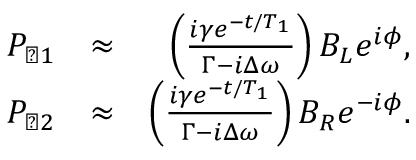
\begin{array} { r l r } { P _ { \perp 1 } } & { \approx } & { \left( \frac { i \gamma e ^ { - t / T _ { 1 } } } { \Gamma - i \Delta \omega } \right) B _ { L } e ^ { i \phi } , } \\ { P _ { \perp 2 } } & { \approx } & { \left( \frac { i \gamma e ^ { - t / T _ { 1 } } } { \Gamma - i \Delta \omega } \right) B _ { R } e ^ { - i \phi } . } \end{array}